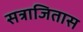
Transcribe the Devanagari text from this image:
सत्राजितास